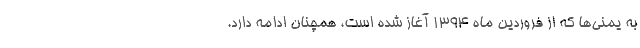
به یمنی‌ها که از فروردین ماه ۱۳۹۴ آغاز شده است، همچنان ادامه دارد.